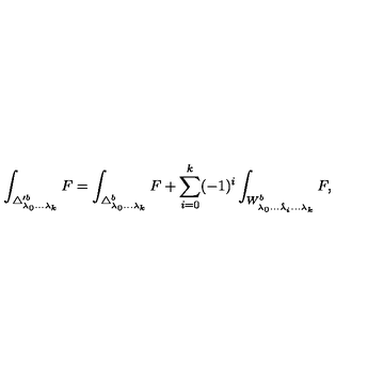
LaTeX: \int _ { \triangle _ { \lambda _ { 0 } . . . \lambda _ { k } } ^ { \prime b } } F = \int _ { \triangle _ { \lambda _ { 0 } . . . \lambda _ { k } } ^ { b } } F + \sum _ { i = 0 } ^ { k } ( - 1 ) ^ { i } \int _ { W _ { \lambda _ { 0 } . . . \hat { \lambda } _ { i } . . . \lambda _ { k } } ^ { b } } F ,